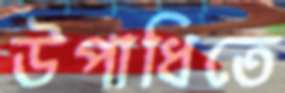
উপাধিতে